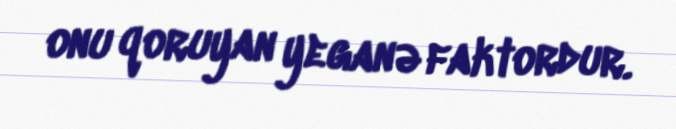
onu qoruyan yeganə faktordur.